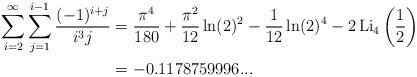
LaTeX: \begin{align*}{\displaystyle\sum\limits_{i=2}^{\infty}}\sum_{j=1}^{i-1}\frac{(-1)^{i+j}}{i^{3}j} & =\frac{\pi^{4}}{180}+\frac{\pi^{2}}{12}\ln(2)^{2}-\frac{1}{12}\ln(2)^{4}-2\operatorname*{Li}\nolimits_{4}\left( \frac{1}{2}\right) \\& =-0.1178759996...\end{align*}